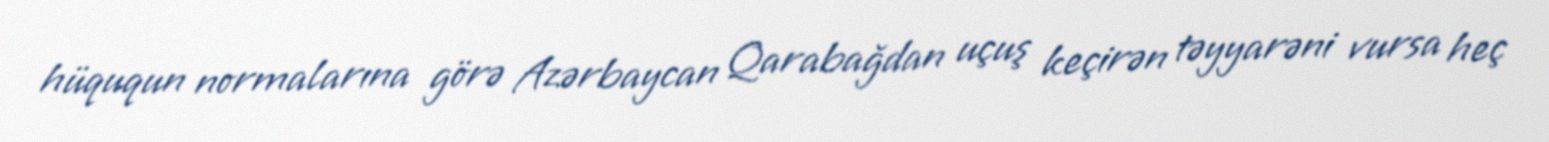
hüququn normalarına görə Azərbaycan Qarabağdan uçuş keçirən təyyarəni vursa heç